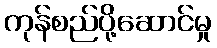
ကုန်စည်ပို့ဆောင်မှု